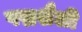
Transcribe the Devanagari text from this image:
पद्मशैली